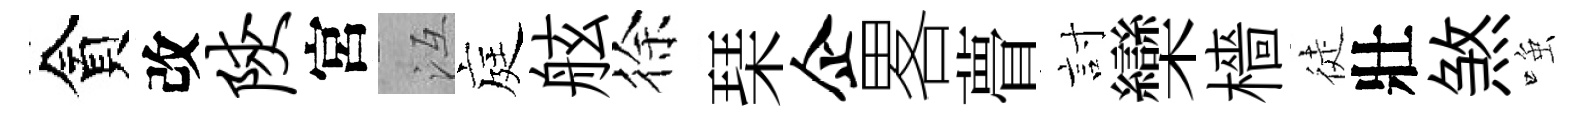
貪改陕宮冱庭舷徐琹企畧瞢討欒檣徒壯煞𫪻